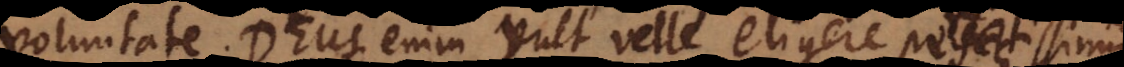
voluntate. Deus enim vult velle eligere perfectissimum